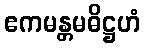
ဧကမန္တမဓိဋ္ဌဟံ